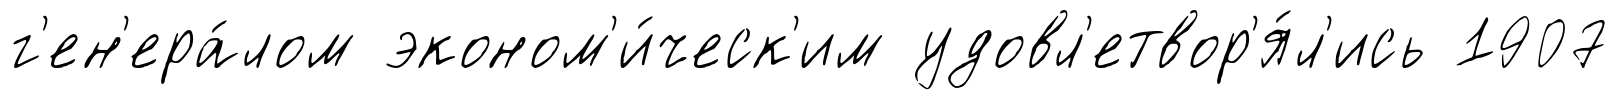
г'ен'ера́лом эконом'и́ческ'им удовл'етвор'я́л'ись 1907